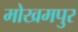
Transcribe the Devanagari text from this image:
मोखमपुर